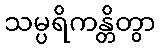
သမ္ပရိကန္တိတွာ